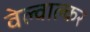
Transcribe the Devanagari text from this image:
वेल्वाल्कर